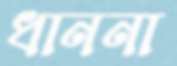
ধাননা